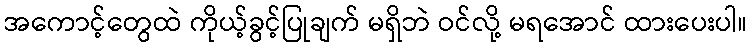
အကောင့်တွေထဲ ကိုယ့်ခွင့်ပြုချက် မရှိဘဲ ဝင်လို့ မရအောင် ထားပေးပါ။